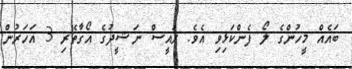
ބައެއް މީހުންގެ ލޯ ފެންކަޅިވި އެވެ. ރައީސް ނަޝީދުގެ އޯގާތެރި 3 އަހަރުން